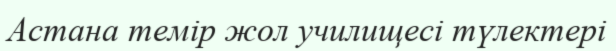
Астана темір жол училищесі түлектері